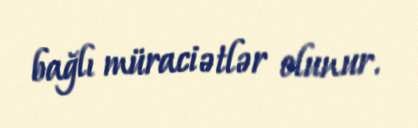
bağlı müraciətlər olunur.